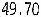
49.70